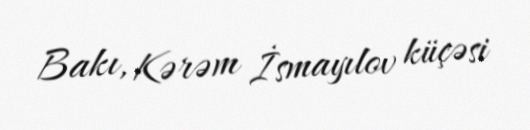
Bakı, Kərəm İsmayılov küçəsi